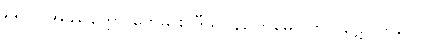
၅၅၁။ အဿတ္ထော ဗောဓိ စ ဒွီသု၊ နိဂြောဓော တု ဝဋော ဘဝေ။